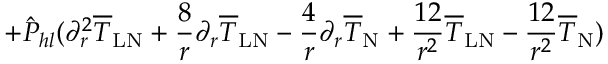
+ \hat { P } _ { h l } ( \partial _ { r } ^ { 2 } \overline { { T } } _ { \mathrm { L N } } + \frac { 8 } { r } \partial _ { r } \overline { { T } } _ { \mathrm { L N } } - \frac { 4 } { r } \partial _ { r } \overline { { T } } _ { \mathrm { N } } + \frac { 1 2 } { r ^ { 2 } } \overline { { T } } _ { \mathrm { L N } } - \frac { 1 2 } { r ^ { 2 } } \overline { { T } } _ { \mathrm { N } } )